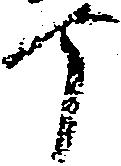
丁